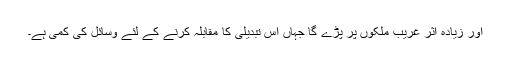
اور زیادہ اثر غریب ملکوں پر پڑے گا جہاں اس تبدیلی کا مقابلہ کرنے کے لئے وسائل کی کمی ہے۔